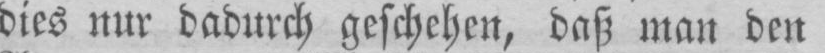
dies nur dadurch geschehen, daß man den